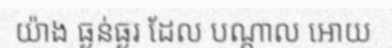
យ៉ាង ធ្ងន់ធ្ងរ ដែល បណ្តាល អោយ